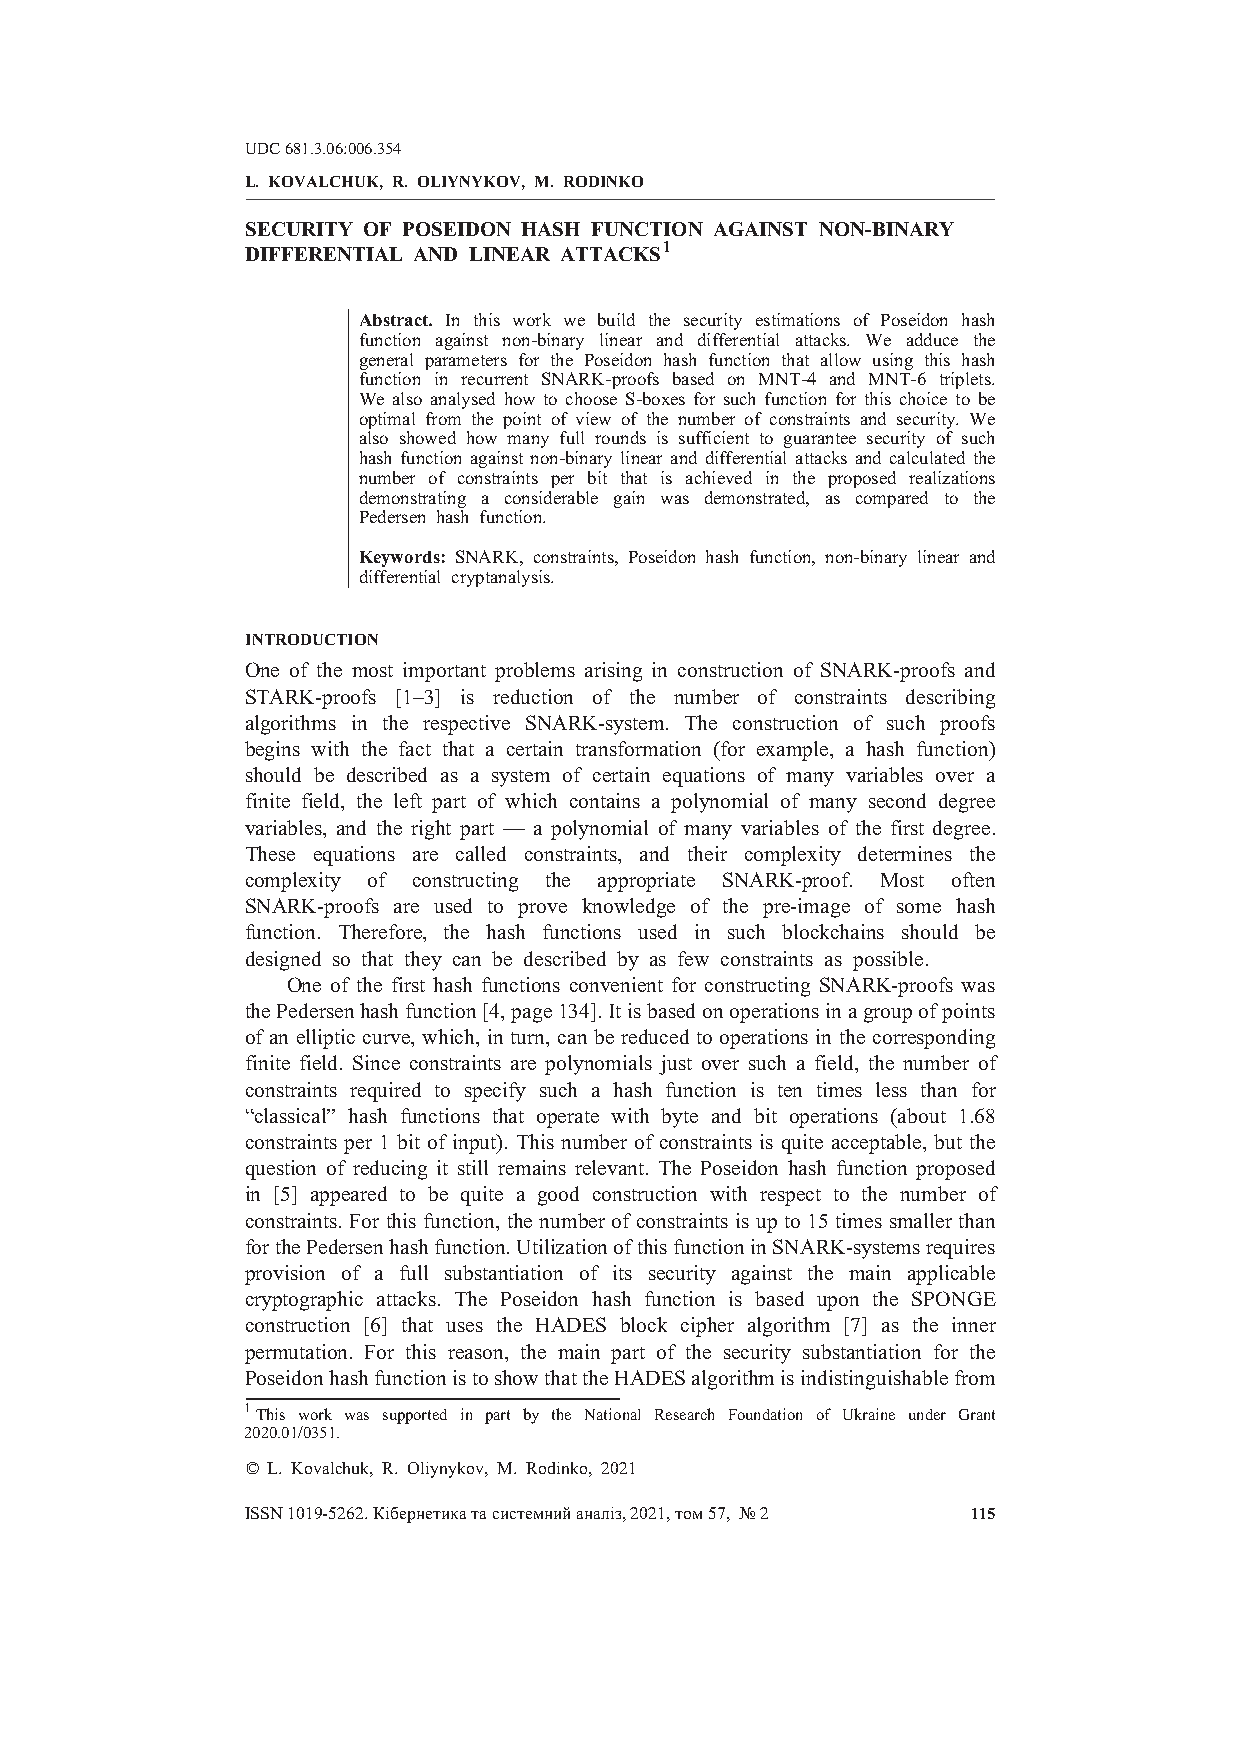
UDC681.3.06:006.354
 L. KOVALCHUK, R. OLIYNYKOV, M. RODINKO
 SECURITY OF POSEIDON HASH FUNCTION AGAINST NON-BINARY
 DIFFERENTIAL AND LINEAR ATTACKS1
 Abstract. In this work we build the security estimations of Poseidon hash
 function against non-binary linear and differential attacks. We adduce the
 general parameters for the Poseidon hash function that allow using this hash
 function in recurrent SNARK-proofs based on MNT-4 and MNT-6 triplets.
 We also analysed how to choose S-boxes for such function for this choice to be
 optimal from the point of view of the number of constraints and security. We
 also showed how many full rounds is sufficient to guarantee security of such
 hash function against non-binary linear and differential attacks and calculated the
 number of constraints per bit that is achieved in the proposed realizations
 demonstrating a considerable gain was demonstrated, as compared to the
 Pedersen hash function.
 Keywords: SNARK, constraints, Poseidon hash function, non-binary linear and
 differential cryptanalysis.
 INTRODUCTION
 One of the most important problems arising in construction of SNARK-proofs and
 STARK-proofs [1–3] is reduction of the number of constraints describing
 algorithms in the respective SNARK-system. The construction of such proofs
 begins with the fact that a certain transformation (for example, a hash function)
 should be described as a system of certain equations of many variables over a
 finite field, the left part of which contains a polynomial of many second degree
 variables, and the right part — a polynomial of many variables of the first degree.
 These equations are called constraints, and their complexity determines the
 complexity of constructing the appropriate SNARK-proof. Most often
 SNARK-proofs are used to prove knowledge of the pre-image of some hash
 function. Therefore, the hash functions used in such blockchains should be
 designed so that they can be described by as few constraints as possible.
 One of the first hash functions convenient for constructing SNARK-proofs was
 thePedersenhashfunction[4,page134].Itisbasedonoperationsinagroupofpoints
 of an elliptic curve, which, in turn, can be reduced to operations in the corresponding
 finite field. Since constraints are polynomials just over such a field, the number of
 constraints required to specify such a hash function is ten times less than for
 “classical” hash functions that operate with byte and bit operations (about 1.68
 constraints per 1 bit of input). This number of constraints is quite acceptable, but the
 question of reducing it still remains relevant. The Poseidon hash function proposed
 in [5] appeared to be quite a good construction with respect to the number of
 constraints. For this function, the numberof constraints is up to 15 times smaller than
 forthePedersenhashfunction.UtilizationofthisfunctioninSNARK-systemsrequires
 provision of a full substantiation of its security against the main applicable
 cryptographic attacks. The Poseidon hash function is based upon the SPONGE
 construction [6] that uses the HADES block cipher algorithm [7] as the inner
 permutation. For this reason, the main part of the security substantiation for the
 PoseidonhashfunctionistoshowthattheHADESalgorithmisindistinguishablefrom
 1This work was supported in part by the National Research Foundation of Ukraine under Grant
 2020.01/0351.
 © L. Kovalchuk, R. Oliynykov, M. Rodinko, 2021
 ISSN1019-5262.Ê³áåðíåòèêàòàñèñòåìíèéàíàë³ç,2021,òîì57, ¹2 115